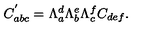
C _ { a b c } ^ { ^ { \prime } } = \Lambda _ { a } ^ { d } \Lambda _ { b } ^ { e } \Lambda _ { c } ^ { f } C _ { d e f } .